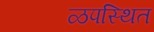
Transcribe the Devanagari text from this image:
ळपस्थित